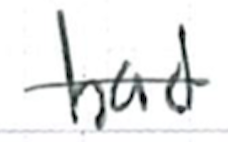
Text: had
Cross-out: single-line
Writing tool: ballpoint